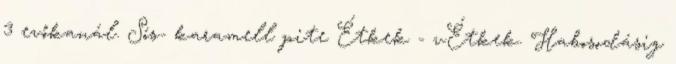
3 evőkanál. Sós- karamell pite Étkek - vÉtkek. Habosodásig